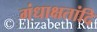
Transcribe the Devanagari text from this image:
गंधाक्षतांदि